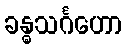
ခန္ဓသင်္ဂဟော